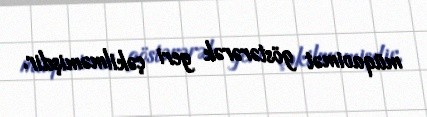
müqavimət göstərərək geri çəkilməmişdir.